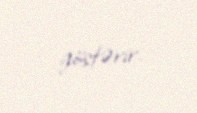
göstərir.